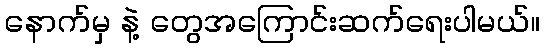
နောက်မှ နဲ့ တွေအကြောင်းဆက်ရေးပါမယ်။